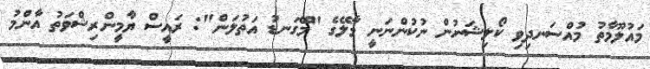
މައުލޫމާތު މުއްސަނދިވި ކޯލިޝަނުން ނުކުންނަނީ މާލޭގެ "މޭގަނޑު އަތުލަން": ރައީސް ޔާމީންރިޝްވަތު އާންމު